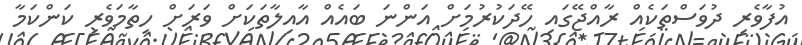
އުފާވެރި ދުވަސްތަކެއް ރާއްޖޭގައި ހޭދަކުރުމަށް އަންނަ ބައެއް އާއިލާތަކަށް ވަރަށް ހިތާމަވެރި ކަންކަމާ